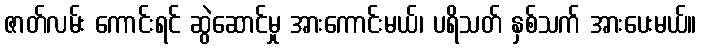
ဇာတ်လမ်း ကောင်းရင် ဆွဲဆောင်မှု အားကောင်းမယ်၊ ပရိသတ် နှစ်သက် အားပေးမယ်။